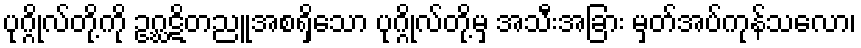
ပုဂ္ဂိုလ်တို့ကို ဥဂ္ဃဋိတညူအစရှိသော ပုဂ္ဂိုလ်တို့မှ အသီးအခြား မှတ်အပ်ကုန်သလော၊